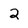
Character: 2